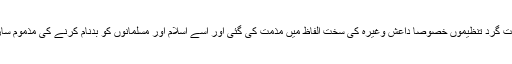
قرار داد میں دہشت گرد تنظیموں خصوصا داعش وغیرہ کی سخت الفاظ میں مذمت کی گئی اور اسے اسلام اور مسلمانوں کو بدنام کرنے کی مذموم سازش قرار دیا گیا۔